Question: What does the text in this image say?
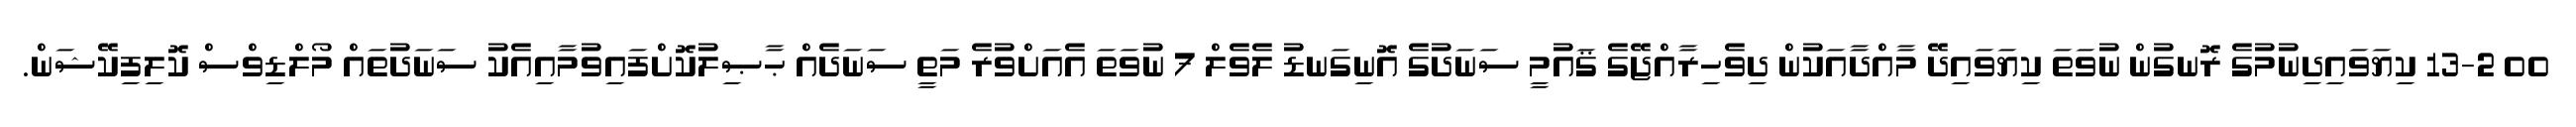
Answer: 00 13-2 ކިޔަވައިދިނުމުގެ ރޮނގުން ނުވަތަ ކިޔަވައިދޭ މާއްދާއަކުން ދިވެހިރާއްޖޭގެ ޤައުމީ ސަނަދުގެ އޮނިގަނޑު ލެވެލް 7 ނުވަތަ އެއަށްވުރެ މަތީ ސަނަދެއް ޙާޞިލުކޮށްފައިވުމާއިއެކު ސަނަދުތައް މޯލްޑިވްސް ކޮލިފިކޭޝަން.